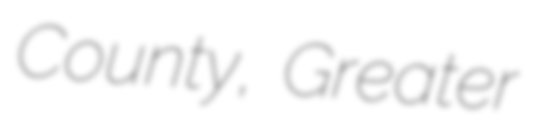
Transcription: County, Greater